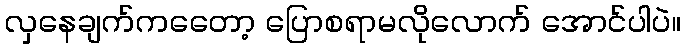
လှနေချက်ကတေော့ ပြောစရာမလိုလောက် အောင်ပါပဲ။